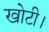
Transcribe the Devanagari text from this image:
खोटी।